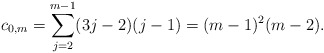
\begin{align*} c_{0,m}=\sum_{j=2}^{m-1}(3j-2)(j-1)=(m-1)^2(m-2).\end{align*}